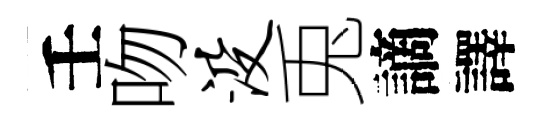
壬吻没兎謫譯